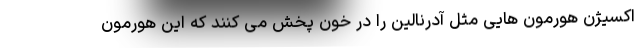
اکسیژن هورمون هایی مثل آدرنالین را در خون پخش می کنند که این هورمون